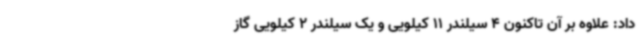
داد: علاوه‌ بر آن تاکنون 4 سیلندر 11 کیلویی و یک سیلندر 2 کیلویی گاز